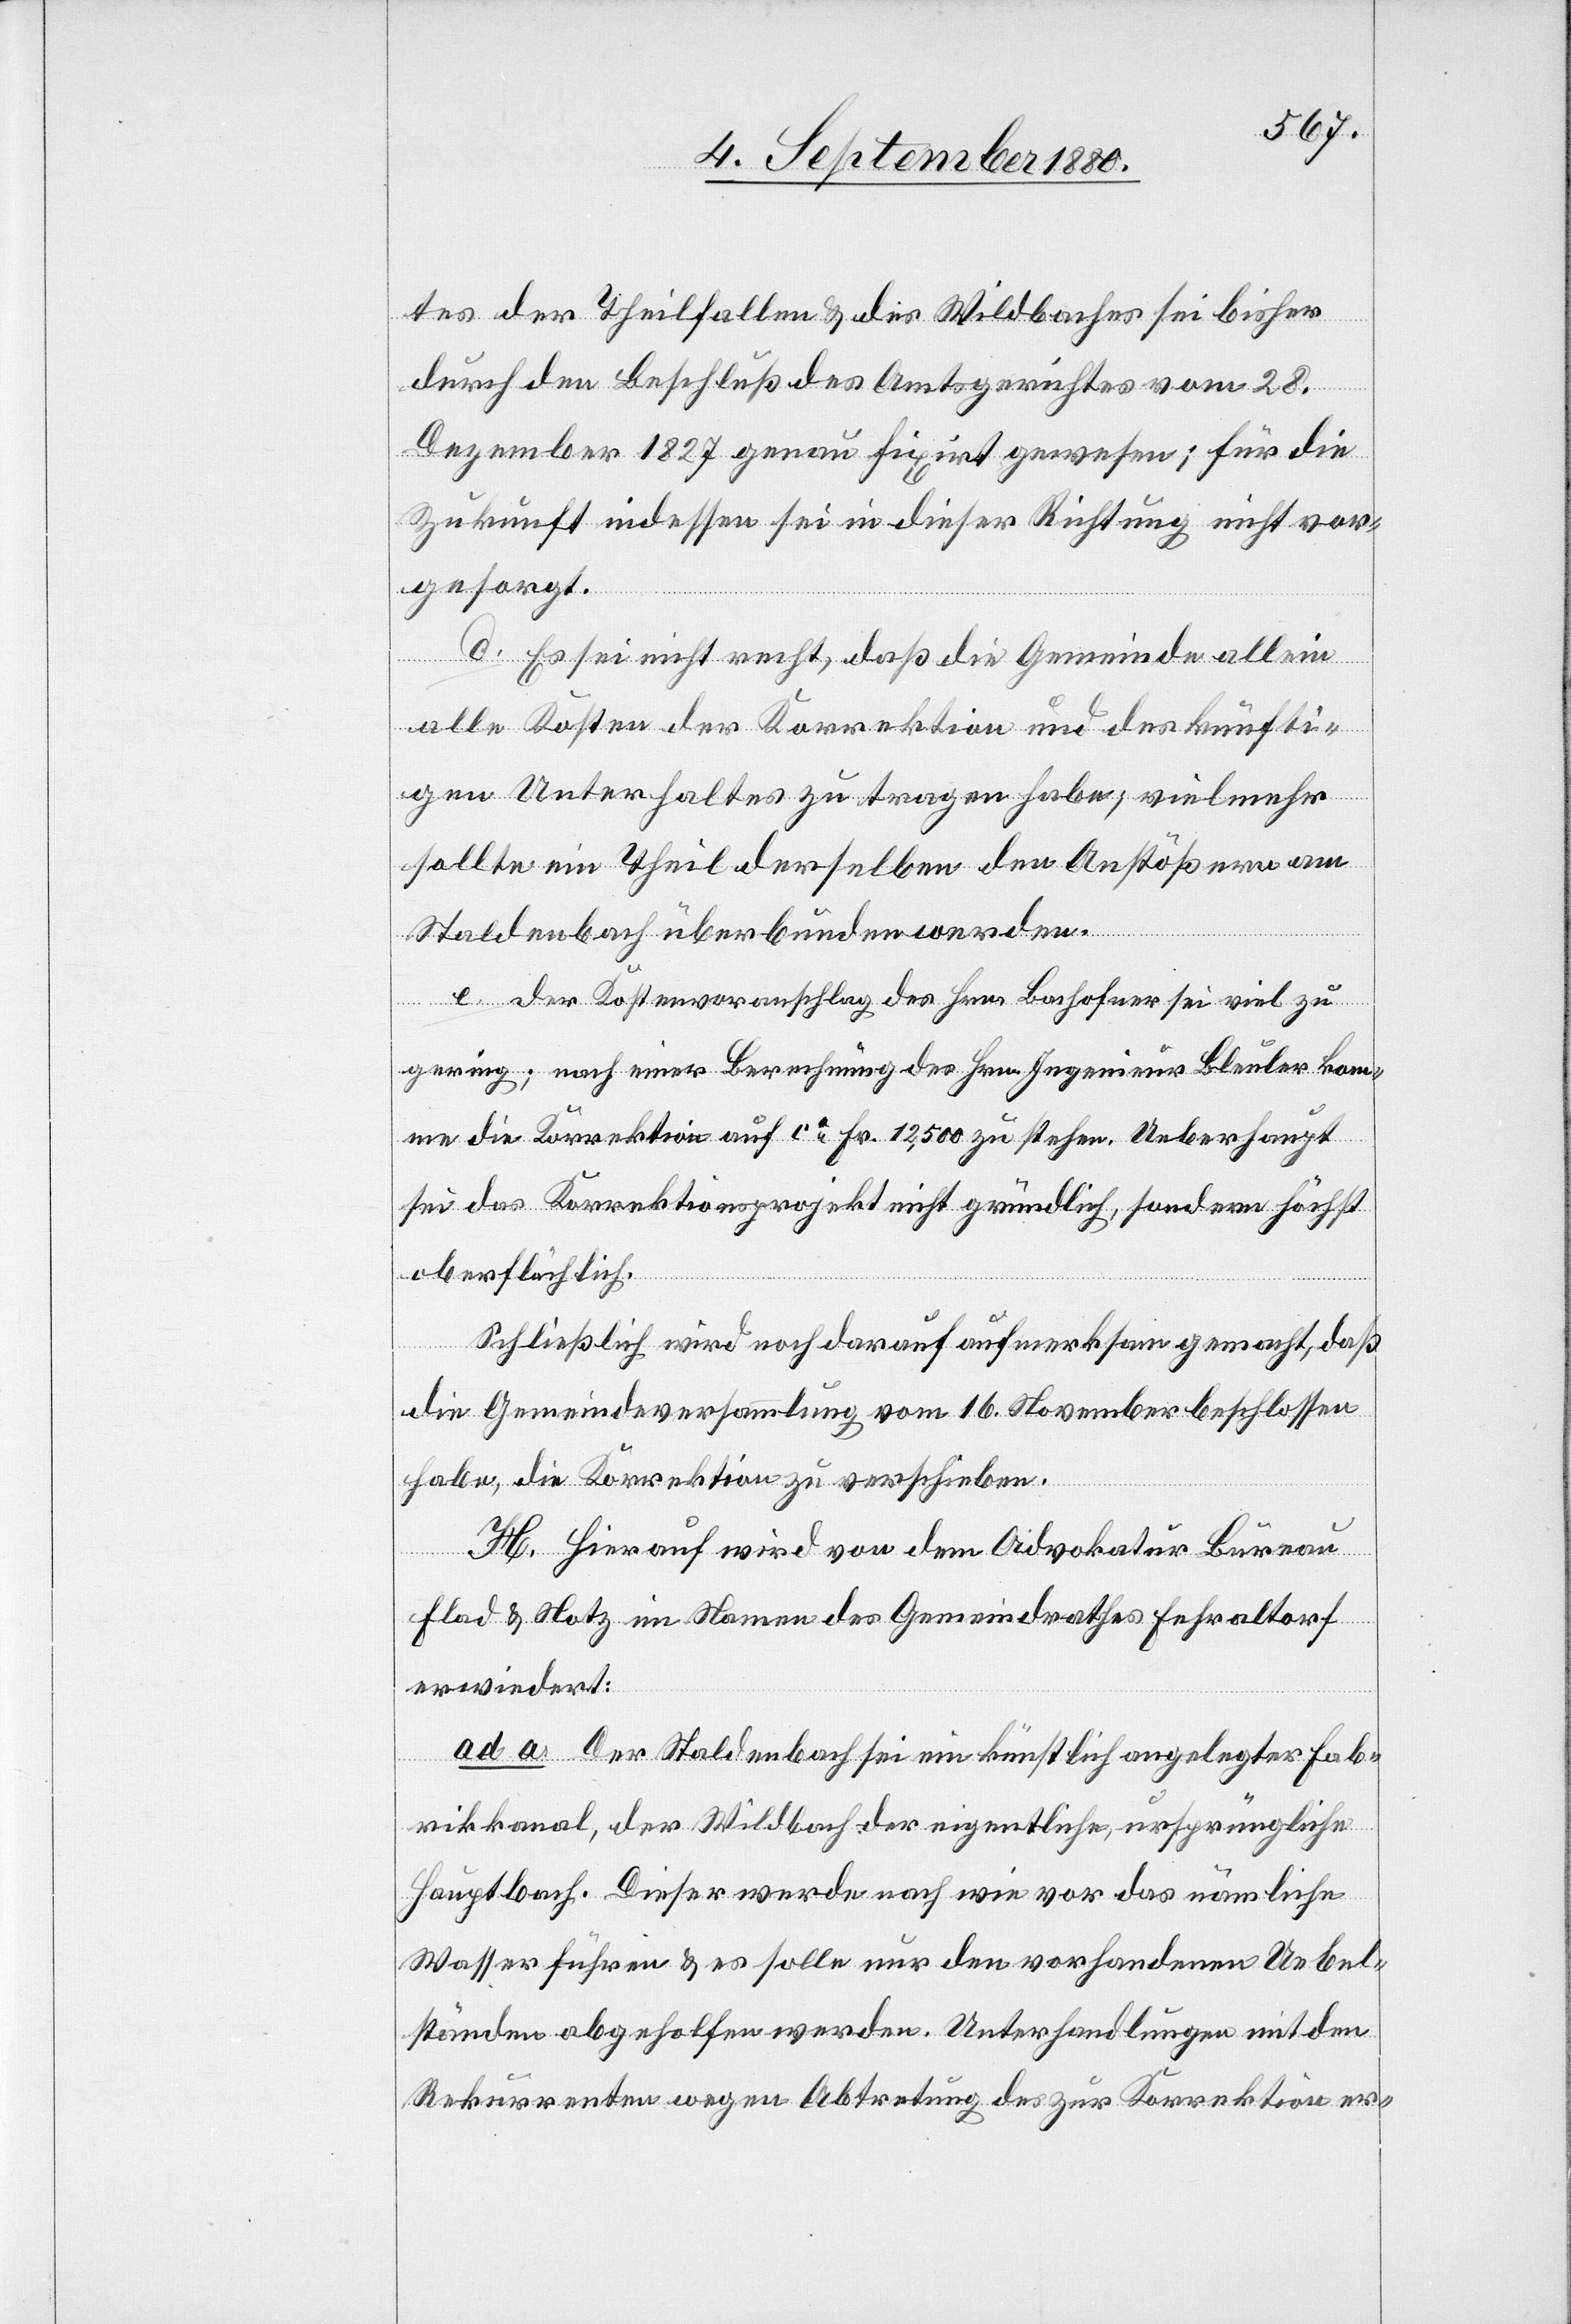
tes der Theilfallen & des Wildbaches sei bisher
durch den Beschluß des Amtsgerichtes vom 28.
Dezember 1827 genau fixirt gewesen; für die
Zukunft indessen sei in dieser Richtung nicht vor¬
gesorgt.
d. Es sei nicht recht, daß die Gemeinde allein
alle Kosten der Korrektion und des künfti¬
gen Unterhaltes zu tragen habe; vielmehr
sollte ein Theil derselben den Anstößern am
Staldenbach überbunden werden.
e. der Kostenvoranschlag des Hrn. Bachofner sei viel zu
gering; nach einer Berechnung des Hrn. Ingenieur Bleuler komm¬
e die Korrektion auf ca Fr. 12,500 zu stehen. Ueberhaupt
sei das Korrektionsprojekt nicht gründlich, sondern höchst
oberflächlich.
Schließlich wird noch darauf aufmerksam gemacht, daß
die Gemeindeversammlung vom 16. November beschlossen
habe, die Korrektion zu verschieben.
H. Hierauf wird von dem Advokatur Bureau
Flad & Notz im Namen des Gemeindrathes Fehraltorf
erwiedert:
ad a. Der Staldenbach sei ein künstlich angelegter Fab¬
rikkanal, der Wildbach der eigentliche, ursprüngliche
Hauptbach. Dieser werde nach wie vor das nämliche
Wasser führen & es solle nur den vorhandenen Uebel¬
ständen abgeholfen werden. Unterhandlungen mit den
Rekurrenten wegen Abtretung des zur Korrektion er-